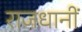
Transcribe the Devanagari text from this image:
राजधानीं